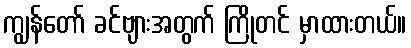
ကျွန်တော် ခင်ဗျားအတွက် ကြိုတင် မှာထားတယ်။